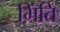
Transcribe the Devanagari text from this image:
भिंति